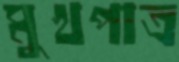
মুখপাত্র